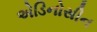
એડિનોસીન